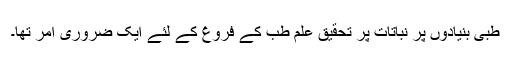
طبی بنیادوں پر نباتات پر تحقیق علم طب کے فروغ کے لئے ایک ضروری امر تھا۔